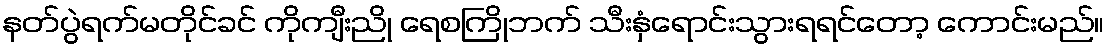
နတ်ပွဲရက်မတိုင်ခင် ကိုကျီးညို ရေစကြိုဘက် သီးနှံရောင်းသွားရရင်တော့ ကောင်းမည်။